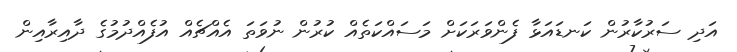
އަދި ސަރުކާރުން ކަނޑައަޅާ ފެންވަރަކަށް މަސައްކަތެއް ކުރުން ނުވަތަ އެއްޗެއް އުފެއްދުމުގެ ދާއިރާއިން